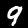
Label: 9